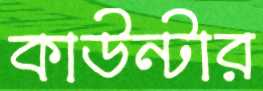
কাউন্টার